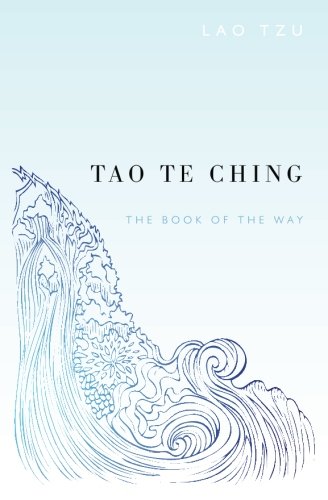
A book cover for Tao Te Ching; Lao Tzu; Politics & Social Sciences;